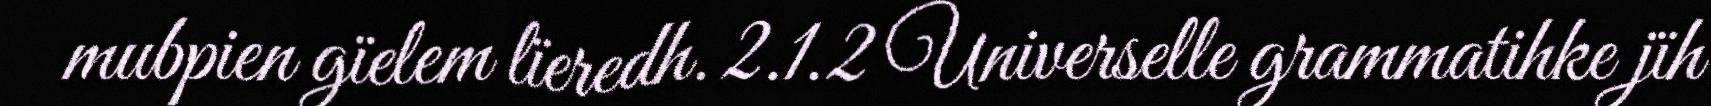
mubpien gïelem lïeredh. 2.1.2 Universelle grammatihke jïh